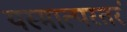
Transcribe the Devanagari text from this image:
यस्मात्परतरं